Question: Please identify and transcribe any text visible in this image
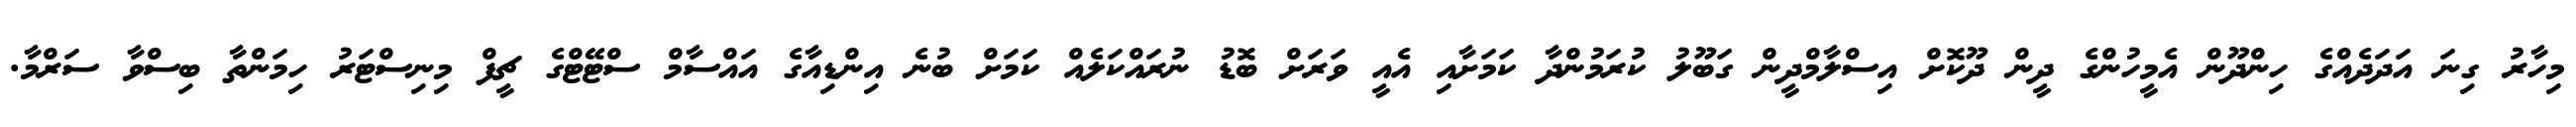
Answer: މިހާރު ގިނަ އަދަދެއްގެ ހިންދޫން އެމީހުންގެ ދީން ދޫކޮށް އިސްލާމްދީން ގަބޫލު ކުރަމުންދާ ކަމަށާއި އެއީ ވަރަށް ބޮޑު ނުރައްކަލެއް ކަމަށް ބުނެ އިންޑިއާގެ އައްސާމް ސްޓޭޓްގެ ޗީފް މިނިސްޓަރު ހިމަންތާ ބިސްވާ ސަރްމާ.